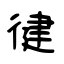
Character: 徤